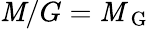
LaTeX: \mathit{M}/G=\mathcal{{\mathit{M}}}_{\mathrm{{~G~}}}